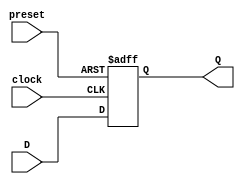
module async_preset_d_ff(
    input wire D,
    input wire preset,
    input wire clock,
    output reg Q
);

always @ (posedge clock or posedge preset) begin
    if (preset) begin
        Q <= 1'b1; // asynchronously set output to logic high state
    end else begin
        Q <= D; // store D input value on clock transition from low to high
    end
end

endmodule